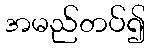
အမည်တပ်၍